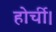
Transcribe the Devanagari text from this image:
होर्ची।